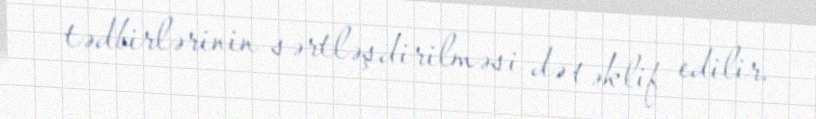
tədbirlərinin sərtləşdirilməsi də təklif edilir.